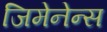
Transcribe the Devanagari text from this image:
जिमेनेन्स